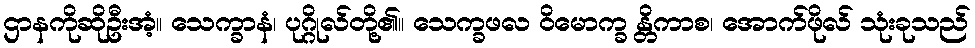
ဌာနကိုဆိုဦးအံ့။ သေက္ခာနံ၊ ပုဂ္ဂိုလ်တို့၏။ သေက္ခဖလ ဝိမောက္ခ န္တိကာစ၊ အောက်ဖိုလ် သုံးခုသည်